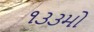
૧૩૩મો